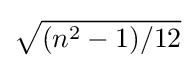
{\sqrt {(n^{2}-1)/12}}